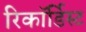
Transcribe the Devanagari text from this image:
रिकॉर्डिस्ट